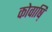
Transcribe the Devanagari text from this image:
कोवाष़ि